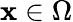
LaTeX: \mathbf{x}\in\Omega